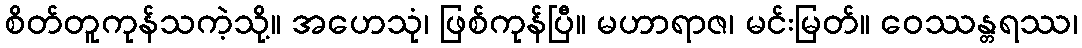
စိတ်တူကုန်သကဲ့သို့။ အဟေသုံ၊ ဖြစ်ကုန်ပြီ။ မဟာရာဇ၊ မင်းမြတ်။ ဝေဿန္တရဿ၊